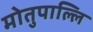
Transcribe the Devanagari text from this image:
मोतुपाल्लि